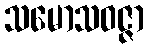
သမောသဝဇ္ဇာ